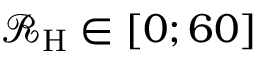
\mathcal { R } _ { \mathrm { H } } \in [ 0 ; 6 0 ] ~ \